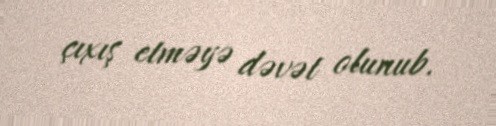
çıxış etməyə dəvət olunub.